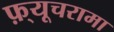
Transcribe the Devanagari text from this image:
फ़्यूचरामा